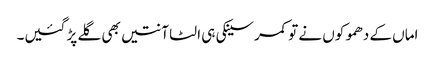
اماں کے دھموکوں نے تو کمر سینکی ہی الٹا آنتیں بھی گلے پڑ گئیں۔